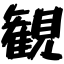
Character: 観